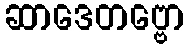
ဆာဒေတဗ္ဗော